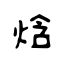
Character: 焓